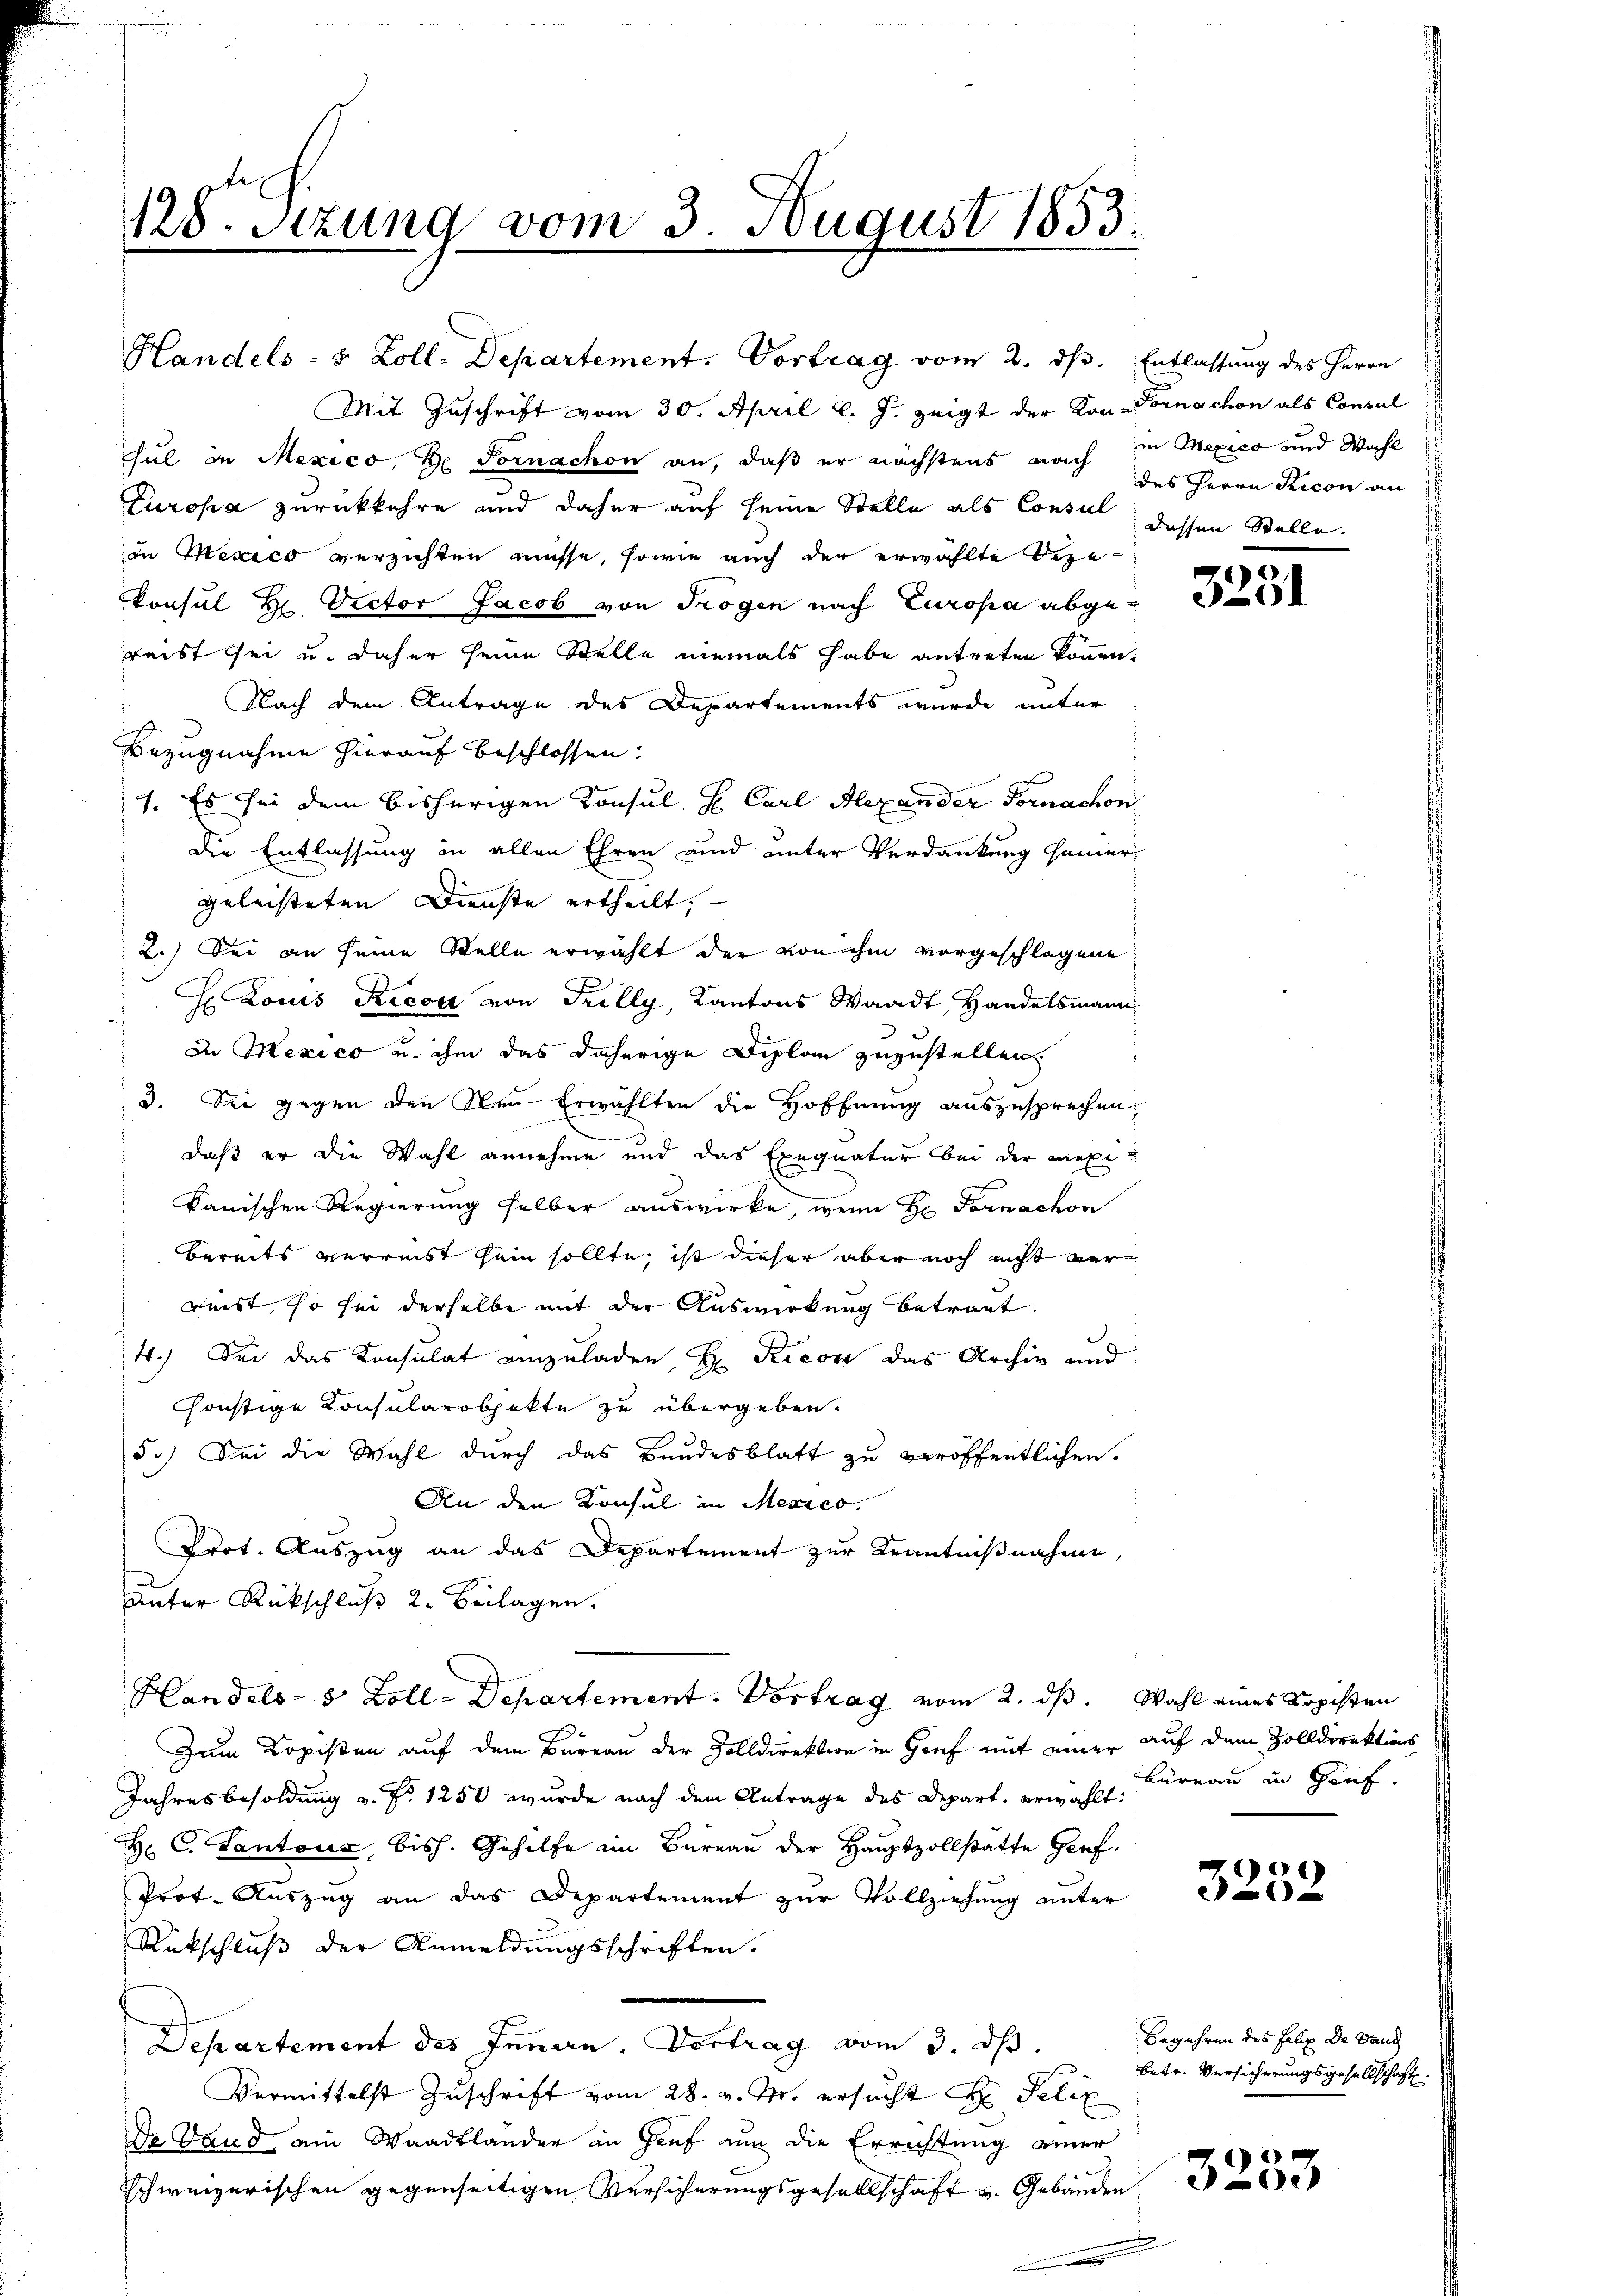
128. Setzung vom 3. August 1853.

Mit Zuschrift vom 30. April l. J. zeigt der Kon-Tornachon als Consul
sul in Mexico, de Fornachon an, daß er nächstens nach in Mexico und Wahl
Turopa zurückkehre und daher auf seine Stelle als Consul dessen Stelle.
in Mexico verzichten müsse, sowie auch der erwählte Deze
konsul Hr. Victor Jacob von Trogen nach Europa abgereist sei u. daher seine Stelle niemals habe antreten können.
Nach dem Antrage des Departements wurde unter
Bezugnahme hierauf beschlossen:
1. Es sei dem bisherigen Konsul, H. Carl Alexander Fornachon
die Entlassung in allen Ehren und unter Verdankung seiner
geleisteten Dienste ertheilt,
2.) Sei an seine Stelle erwählt der von ihm vorgeschlagene
H Louis Ricot von Trilly, Kantons Waadt, Handelsmann
In Mexico u. ihm das daherige Diplom zuzustellen,
3. Sie gegen den Steu-Erwählten die Hoffnung auszusprechen,
e
daß er die Wahl annehme und das Exequatur bei der maxikanischen Regierung selber auswirke, wenn Hr. Fornachon
bereits verricht sein sollte, ist dieser aber noch nicht nur
reist, so sei derselbe mit der Auswirkung betragt,
4.) Sei das Konsulat einzuladen, H. Ricon das Archiv und
sonstige Konsularobjekte zu übergeben.
5.) Sei die Wahl durch das Bundesblatt zu veröffentlichen
An den Konsul in Mexies.
Prot. Auszug an das Departement zur Kenntnißnahme
unter Rückschluß 2. Beilagen.
Handels- 8 Zoll-Departement. Vortrag vom 2. ds. Wahl eines Kopisten
Zum Kopisten auf dem Barrau der Volldirektion in Genf mit einer auf dem Zolldirektions
Jahresbesoldung v. Fr. 1250 wurde nach dem Antrage des Depart. erwählt:
H. C. Cantons, bish. Gehilfe im Bureau der Hauptzollstatte Gref
Prot. Auszug an das Departement zur Vollziehung unter
Rückschluß der Anmeldungsschriften.
Departement des Innern. Vortrag vom 3. dß.
Vermittelst Zuschrift vom 28. v. M. ersucht Hr. Felix
De Land, ein Waadtländer in Gruf um die Errichtung einer
schweizerischen gegenseitigen Versicherungsgesellschaft u. Gebäuden

Handels- 5 Zoll-Departement. Vortrag vom 2. ds. Entlassung des Herrn

des Herrn Recon an

3231

Büreau in Genf.

3252

Begehren des Felix De Band
betr. Versicherungsgesellschaft.

1